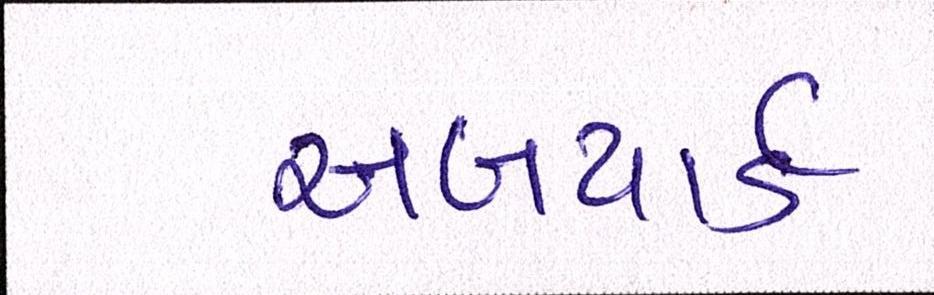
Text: સબયાર્ડ